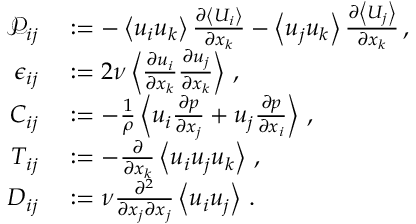
\begin{array} { r l } { \mathcal { P } _ { i j } } & { { } : = - \left< u _ { i } u _ { k } \right> \frac { \partial \left< U _ { i } \right> } { \partial x _ { k } } - \left< u _ { j } u _ { k } \right> \frac { \partial \left< U _ { j } \right> } { \partial x _ { k } } \, , } \\ { \epsilon _ { i j } } & { { } : = 2 \nu \left< \frac { \partial u _ { i } } { \partial x _ { k } } \frac { \partial u _ { j } } { \partial x _ { k } } \right> \, , } \\ { C _ { i j } } & { { } : = - \frac { 1 } { \rho } \left< u _ { i } \frac { \partial p } { \partial x _ { j } } + u _ { j } \frac { \partial p } { \partial x _ { i } } \right> \, , } \\ { T _ { i j } } & { { } : = - \frac { \partial } { \partial x _ { k } } \left< u _ { i } u _ { j } u _ { k } \right> \, , } \\ { D _ { i j } } & { { } : = \nu \frac { \partial ^ { 2 } } { \partial x _ { j } \partial x _ { j } } \left< u _ { i } u _ { j } \right> \, . } \end{array}